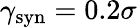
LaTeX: \gamma_{\mathrm{syn}}=0.2\sigma